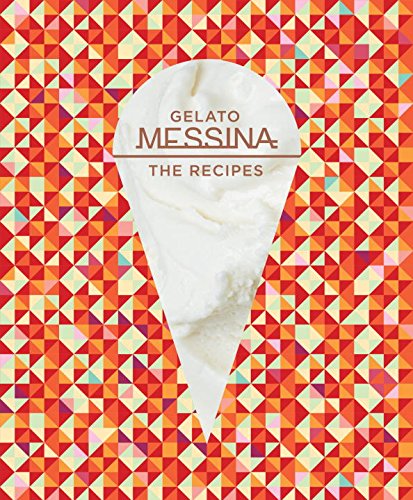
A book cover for Gelato Messina: The Recipes; Nick Palumbo; Cookbooks, Food & Wine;